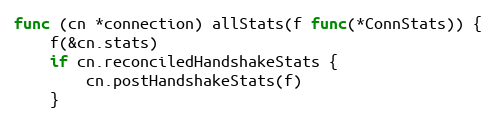
Language: Go
func (cn *connection) allStats(f func(*ConnStats)) {
	f(&cn.stats)
	if cn.reconciledHandshakeStats {
		cn.postHandshakeStats(f)
	}